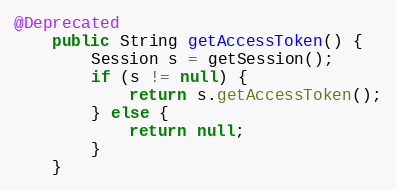
Language: Java
@Deprecated
    public String getAccessToken() {
        Session s = getSession();
        if (s != null) {
            return s.getAccessToken();
        } else {
            return null;
        }
    }